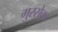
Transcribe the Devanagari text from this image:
गुस्सेका